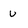
Character: u